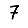
Digit: 7